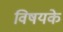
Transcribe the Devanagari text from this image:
विषयके